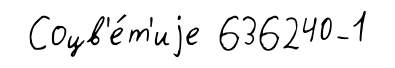
Соцв'е́т'иjе 636240-1